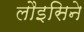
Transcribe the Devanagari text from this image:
लौइसिने